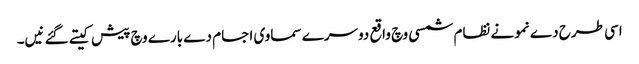
اسی طرح دے نمونے نظام شمسی وچ واقع دوسرے سماوی اجسام دے بارے وچ پیش کیتے گئے نیں۔